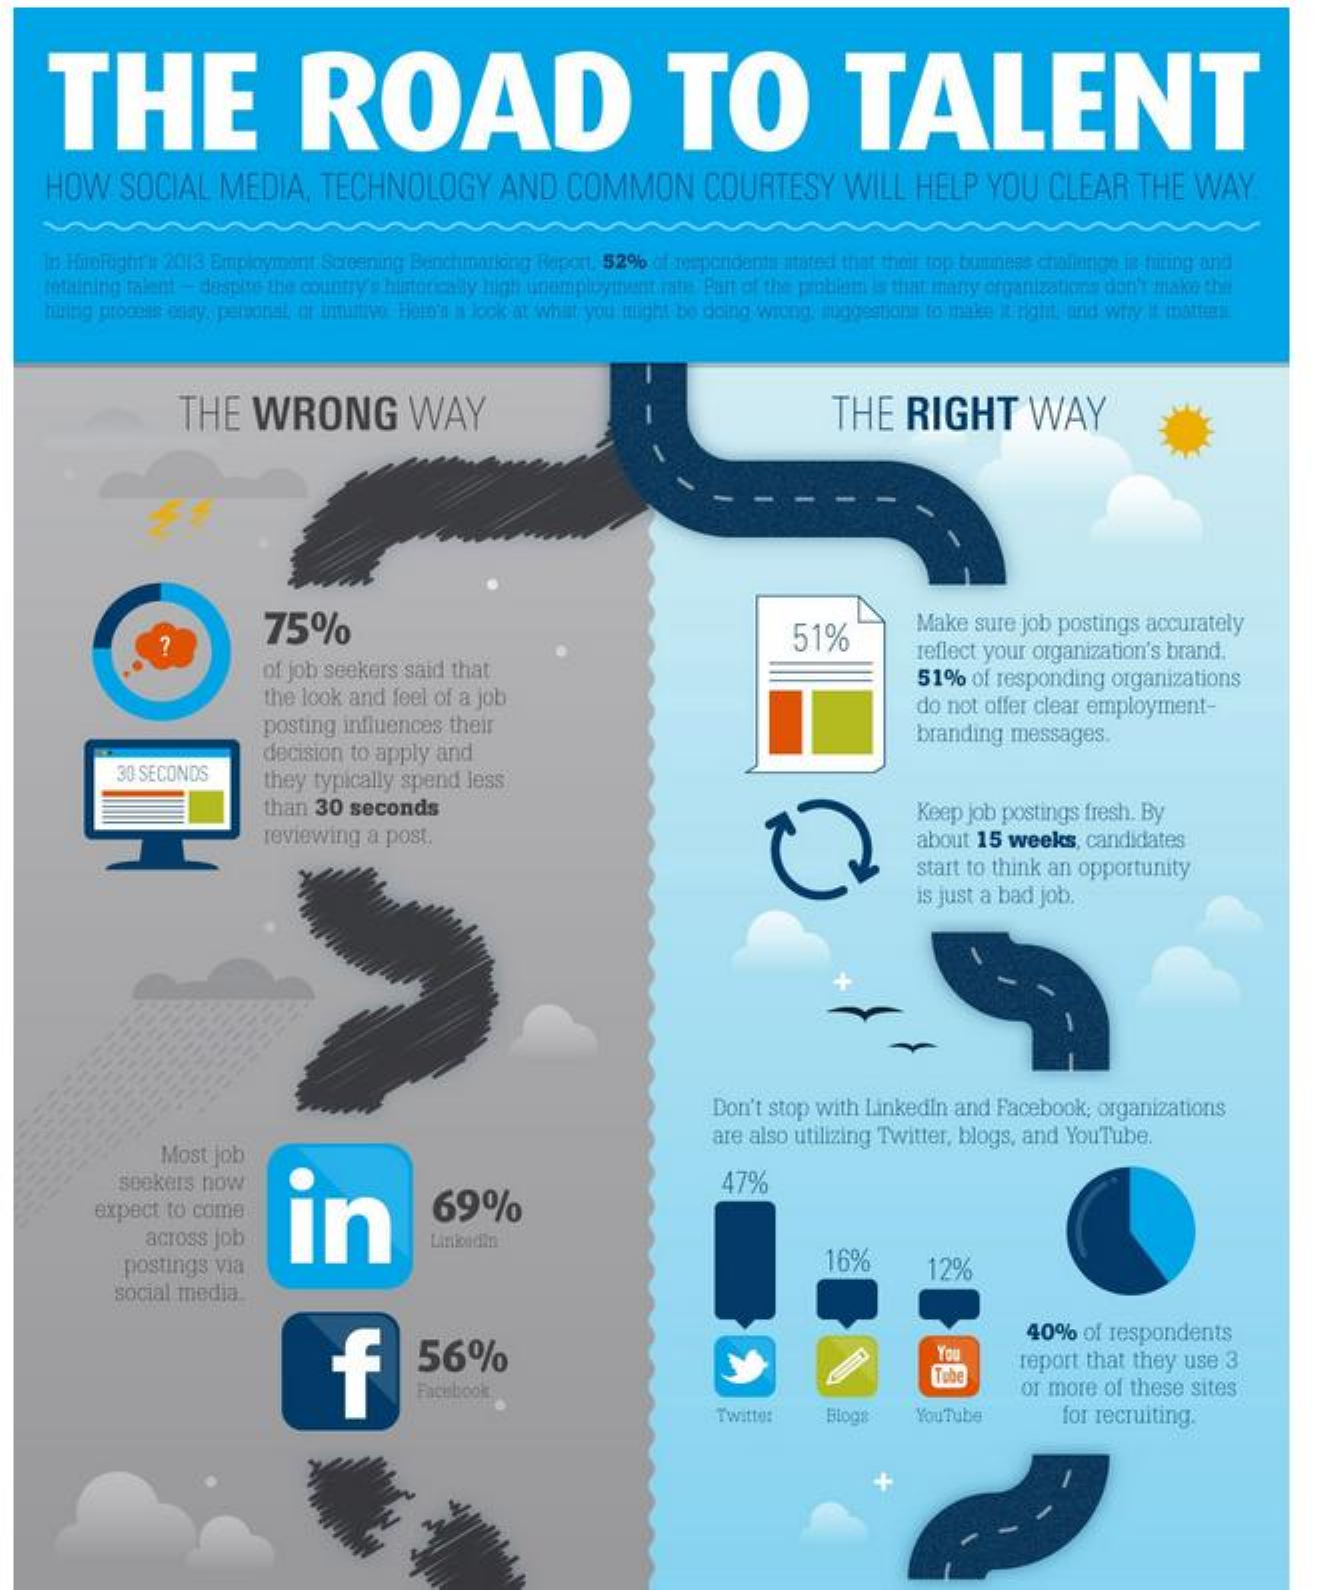
THE    ROAD    TO    TALENT
     HOW    SOCIAL    MEDIA,    TECHNOLOGY    AND   COMMON    COURTESY    WILL   HELP   YOU   CLEAR    THE   WAY.
     In ForoRight'# 2013 Employment Screening Benchimorlong Report, 52% of respondents stated that theit top buminess challenge is futing and
    retaining talent - desplus the country's historically high unemployment rate Part of the problem is that many organizations don't make the
     haritig process easy, personal or innittive Hela'n i look at what you might be doing wrong, suggestions to nalike it right, and why it matters
     THE    WRONG    WAY    THE    RIGHT    WAY
     75%    51%    Make  sure job postings accurately
     of job seekers said that
     reflect your organization's brand.
     the look and feel of a job
     51%  of responding organizations
     posting influences their
     do not offer clear employment-
     30 SECONDS
     decision to apply and
     branding messages.
     they typically spend less
     than 30  seconds
     reviewing  a post.
     Keep job postings fresh. By
     about 15 weeks,  candidates
     start to think an opportunity
     is just a bad job.
     Don't stop with Linkedin and Facebook, organizations
     Most job
     are also utilizing Twitter, blogs, and YouTube.
     seekers how
     in    69%
     47%
     expect to come
     across job    Linkoudiin
     postings via    16%    12%
     social media.
     56%
     40%   of respondents
     Tube    report that they use 3
     Facebook    or more of these sites
     Twitto:   Blogs    YouTube    for recruiting.